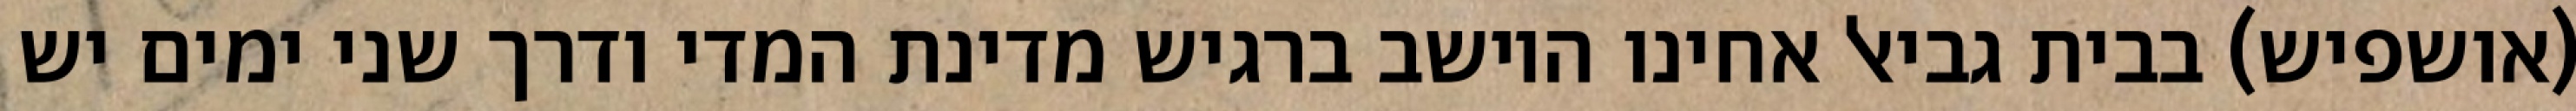
(אושפיש) בבית גביאל אחינו היושב ברגיש מדינת המדי ודרך שני ימים יש